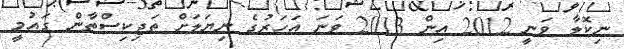
ނިކޮލާ ވަނީ 2012 އިން 2013 ވަނަ އަހަރުގެ ނިޔަލަށް ތަޖިކިސްތާން ގައުމީ